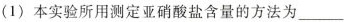
(1)本实验所用测定亚硝酸盐含量的方法为___